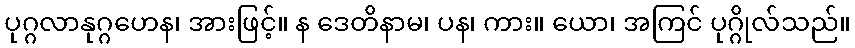
ပုဂ္ဂလာနုဂ္ဂဟေန၊ အားဖြင့်။ န ဒေတိနာမ၊ ပန၊ ကား။ ယော၊ အကြင် ပုဂ္ဂိုလ်သည်။